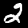
Label: 2